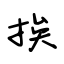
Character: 挨